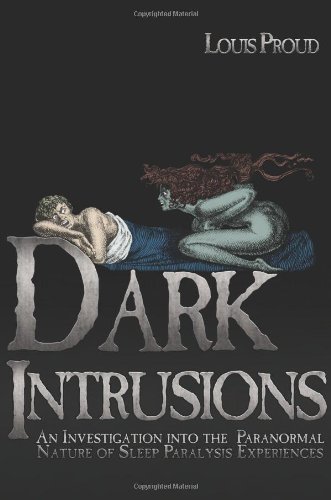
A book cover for Dark Intrusions: An Investigation into the Paranormal Nature of Sleep Paralysis Experiences; Louis Proud; Health, Fitness & Dieting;